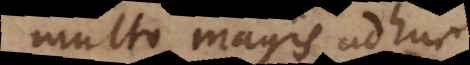
multo magis adhuc